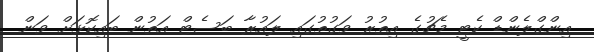
އިންގްލެންޑް ކެޓީ މެޗުގެ އިތުރު ވަގުތުގައި ލައުރާ ބަސެޓް އަތުން ބައިކޮޅަށް ވަން